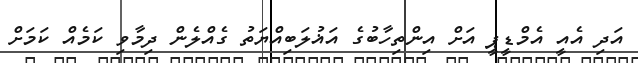
އަދި އެއީ އެމްޑީޕީ އަށް އިންތިހާބުގެ އަޣުލަބިއްޔަތު ގެއްލެން ދިމާވި ކަމެއް ކަމަށް